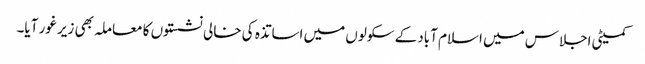
کمیٹی اجلاس میں اسلام آباد کے سکولوں میں اساتذہ کی خالی نشستوں کا معاملہ بھی زیر غور آیا۔